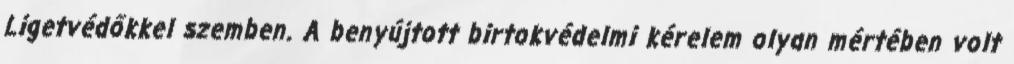
Ligetvédőkkel szemben. A benyújtott birtokvédelmi kérelem olyan mértében volt